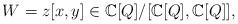
LaTeX: \begin{align*} W=z[x, y] \in \mathbb{C}[Q]/[\mathbb{C}[Q], \mathbb{C}[Q]], \end{align*}